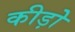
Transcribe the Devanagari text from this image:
कीड़ोे